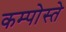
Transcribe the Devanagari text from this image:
कम्पोस्ते